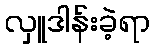
လှူဒါန်းခဲ့ရာ